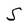
Character: S